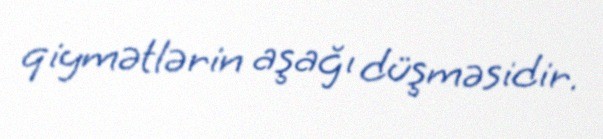
qiymətlərin aşağı düşməsidir.